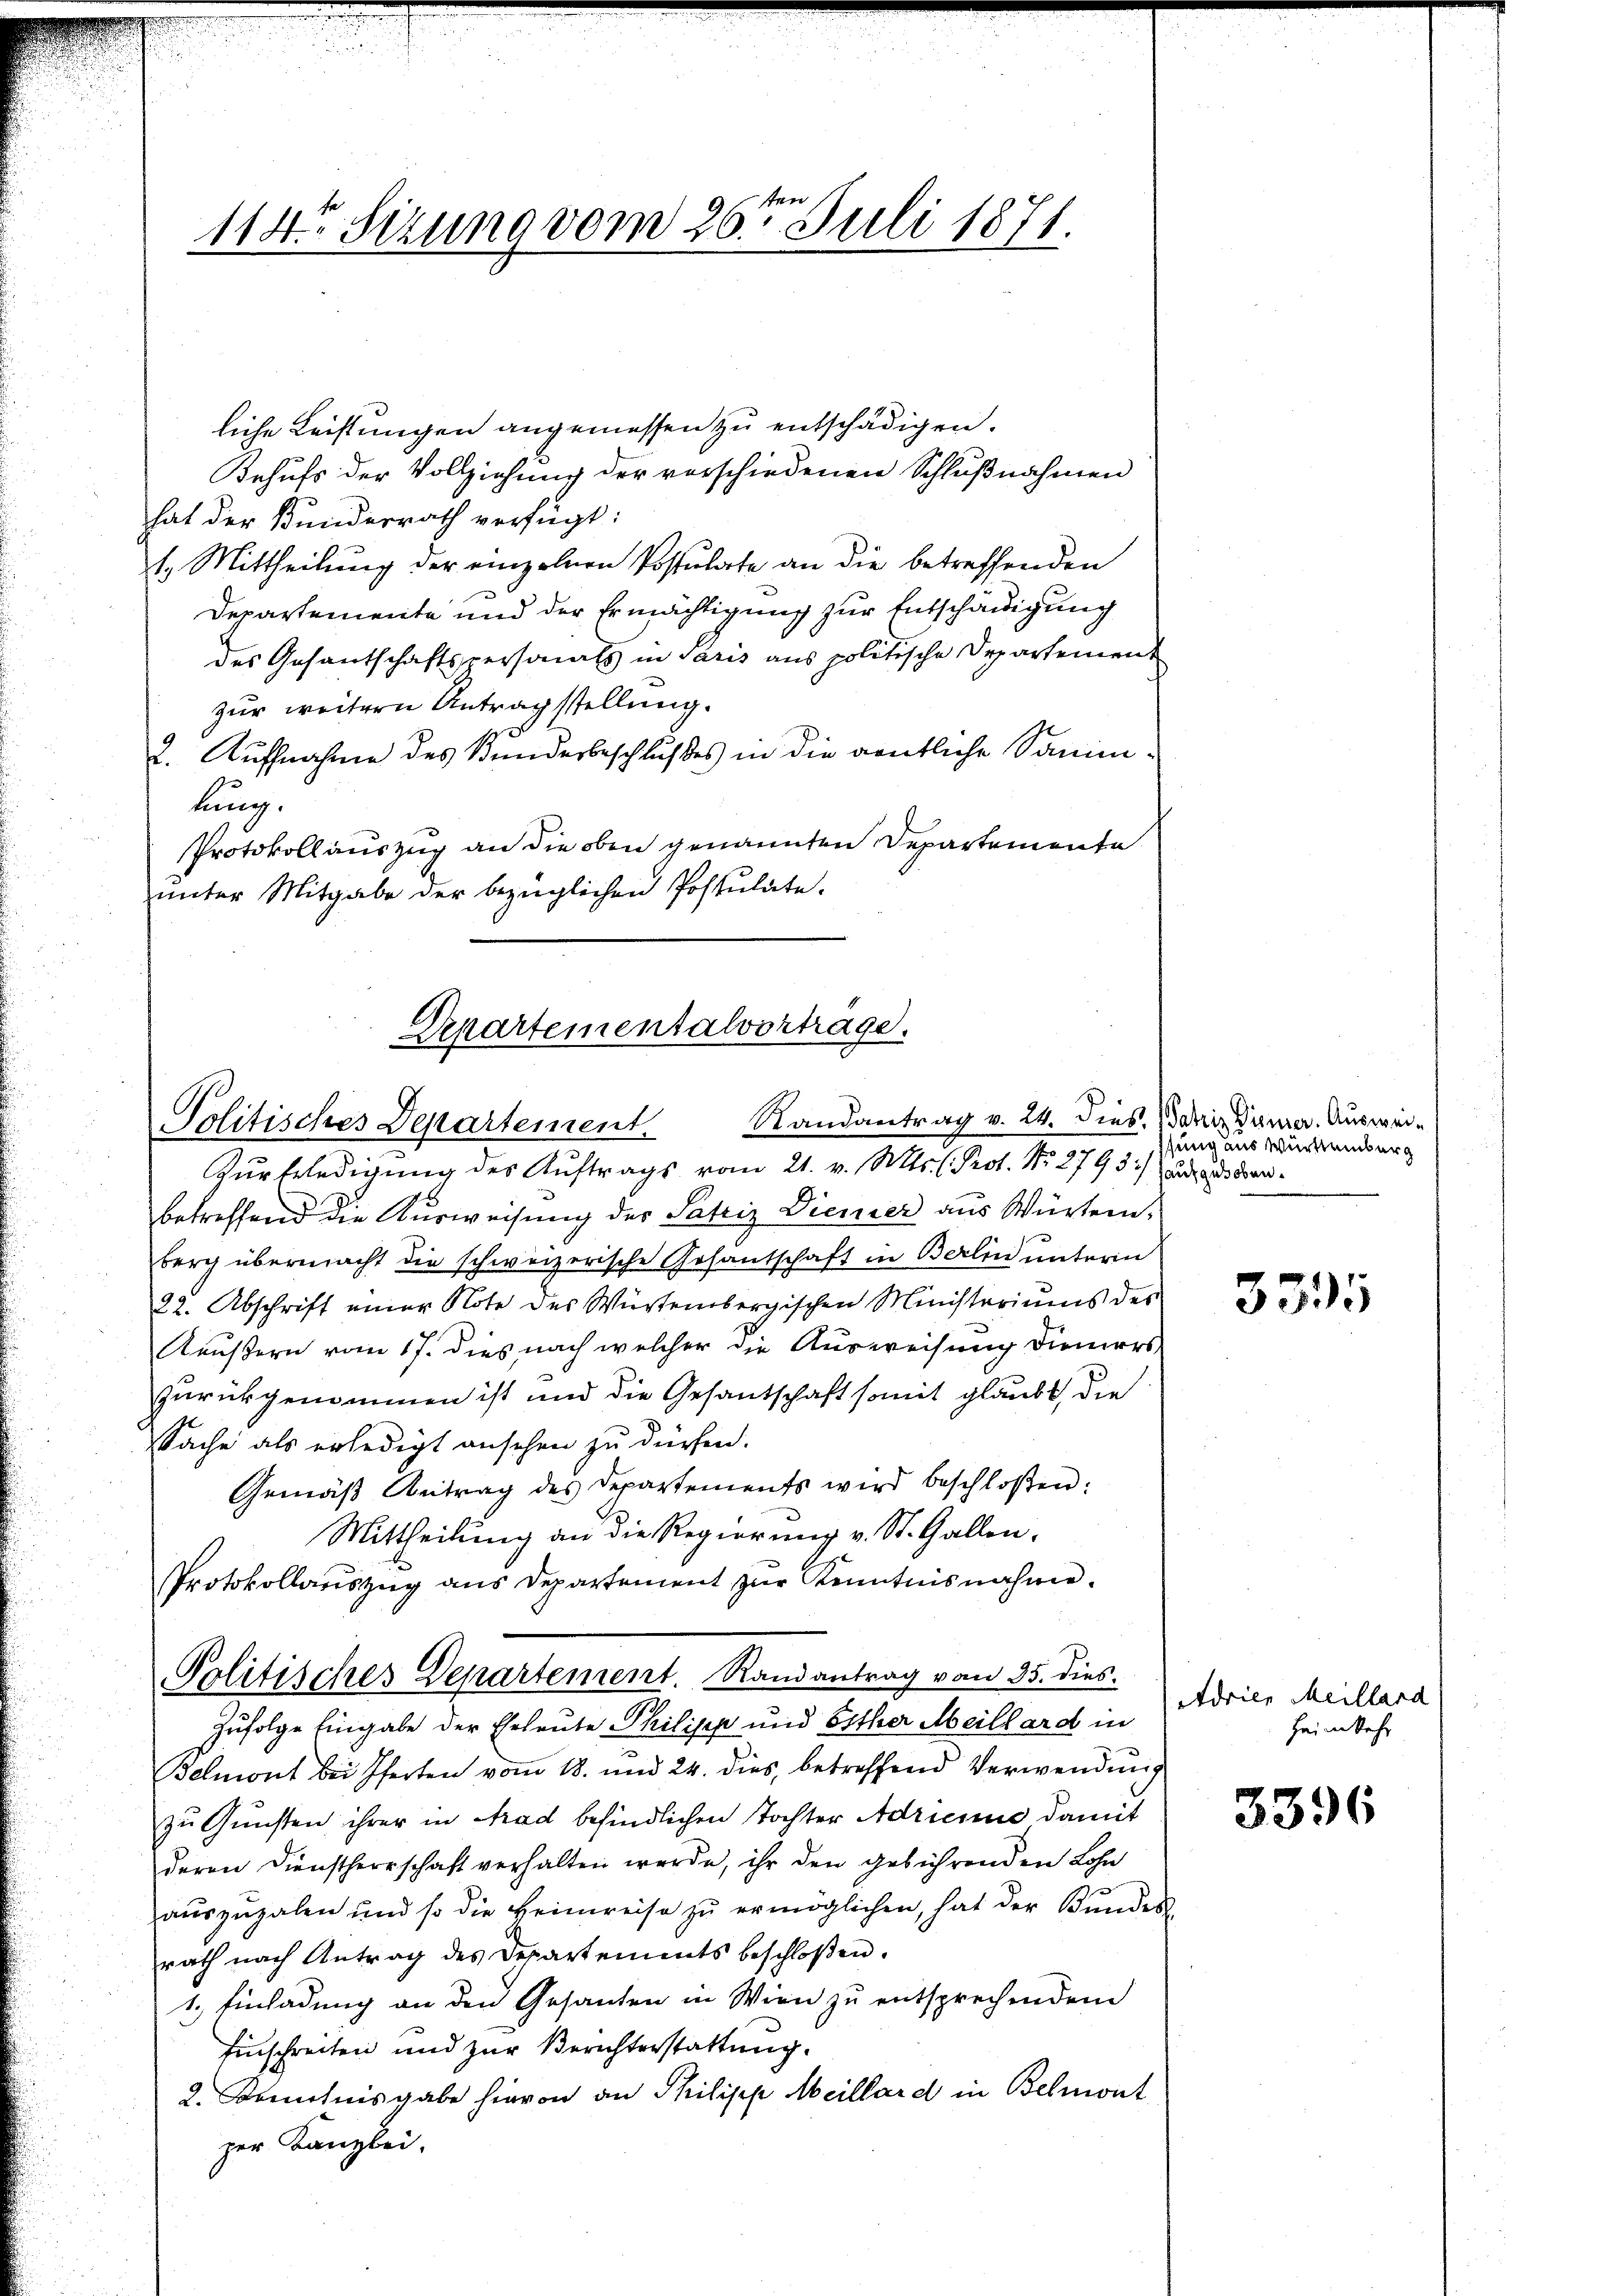
liche Leistungen angemessen zu entschädigen.
Behufs der Vollziehung der vorschiedenen Schlußnahmen
hat der Bundesrath verfügt:
1. Mittheilung der einzelnen Postulate an die betreffenden
Departemente und der Ermächtigung zur Entschädigung
des Gesantschaftspersonals in Paris aus politische Departement
zur weitern Antragstellung.
2. Aufnahme des Bunderbeschlußes in die gentliche Sammlung.
Protokollauszug an die oben genannten Departemente
unter Mitgabe der bezüglichen Postulate.

114. Sizung vom 26ten Juli 1871.

Departementalvortrage.
Politisches Departement Randantrag v. 24. dies. Bei Dumer. Auswei¬

Zur Erledigung des Auftrags vom 21. v. Mts. (Prot. No. 2793) aus aus denbetreffend die Ausweisung des Patriz Diemer aus Würtem.
berg übermacht die schweizerische Gesantschaft in Berlin untern
22. Abschrift einer Note des Würtembergischen Ministeriums des
Keußern vom 17. dies nach welcher die Ausweisung dieners
zurückgenommen ist und die Gesandtschaft somit glaubt, die
sSache als erledigt ansehen zu dürfen.
Gemäß Antrag des Departements wird beschloßen:
Mittheilung an die Regierung v. St. Gallen,
Protokollauszug aus Departement zŭr Kenntnisnahme.
Politisches Departement. Randantrag von 35. dies
Zufolge Eingabe der Eheleute Philipp und Esther Meillard in
Felmont bei Pferten vom 18. und 24. dies, betreffend Verwendung
zu Gunsten ihrer in Grad befindlichen Tochter Adrianne damit
deren Dienstherrschaft verhalten werde, ihr den gebührenden Lohn
auszuzalen und so die Heimreise zŭ ermöglichen, hat der Bunder
rath nach Antrag des Departements beschloßen.
1.) Einladung an den Gesanten in Wien zu entsprechendem
Einschreiten und zur Berichterstattung.
2. Kenntnisgabe hievon an Philisch Meillard in Belmont
zer Kanzlei.

sung aus Württemberg

3335

Adrien Meillard
Heimkehr

3396